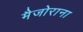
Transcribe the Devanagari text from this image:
मैजोराना